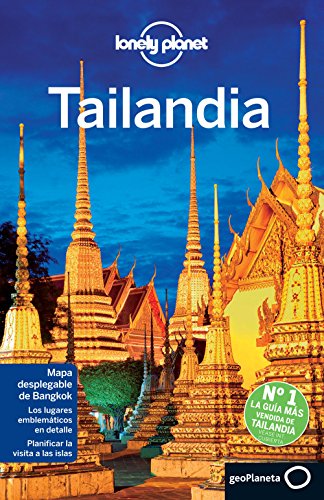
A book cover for Lonely Planet Tailandia (Travel Guide) (Spanish Edition); Lonely Planet; Travel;